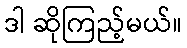
ဒါ ဆိုကြည့်မယ်။